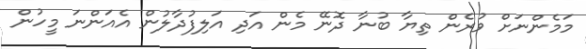
މަމެންނަށް ވުރެން ތިޔާ ބުނާ ދޮނޭ މެން އަދި އަލިފުދާލުން އެއަންނަ މީހުން